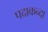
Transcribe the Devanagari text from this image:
पदाकन्दा